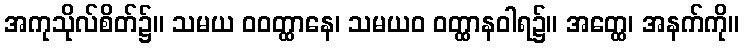
အကုသိုလ်စိတ်၌။ သမယ ဝဝတ္ထာနေ၊ သမယဝ ဝတ္ထာနဝါရ၌။ အတ္ထေ၊ အနက်ကို။